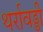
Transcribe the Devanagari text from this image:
थर्रावड्डी